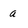
Character: a